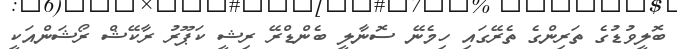
ބޮލީވުޑުގެ ތަރިންގެ ތެރޭގައި ހިމެނޭ ސޮނާލީ ބެންޑްރޭ ރިޝީ ކަޕޫރު ރާކޭޝް ރޯޝަންއަކީ